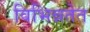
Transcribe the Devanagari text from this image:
विभिन्नतेत